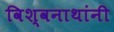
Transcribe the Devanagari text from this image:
विश्वनाथांनी